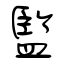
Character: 監